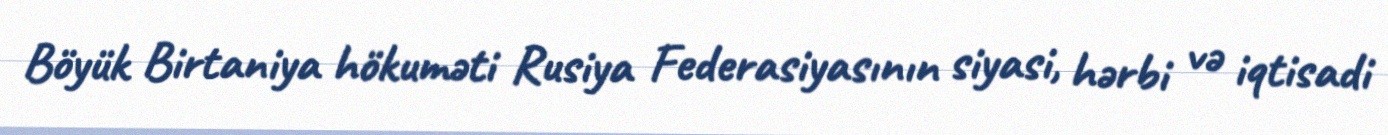
Böyük Birtaniya hökuməti Rusiya Federasiyasının siyasi, hərbi və iqtisadi